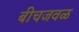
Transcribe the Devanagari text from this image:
बीचजवळ